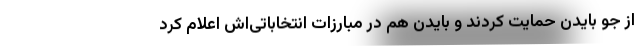
از جو بایدن حمایت کردند و بایدن هم در مبارزات انتخاباتی‌اش اعلام کرد